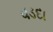
વડદા